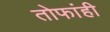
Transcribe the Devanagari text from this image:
तोफांही